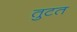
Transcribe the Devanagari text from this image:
तुटत